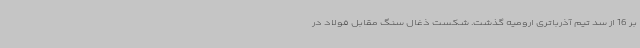
بر 16 از سد تیم آذرباتری ارومیه گذشت. شکست ذغال سنگ مقابل فولاد در